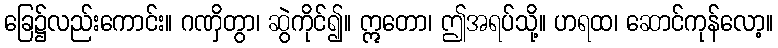
ခြေ၌လည်းကောင်း။ ဂဏှိတွာ၊ ဆွဲကိုင်၍။ ဣတော၊ ဤအရပ်သို့။ ဟရထ၊ ဆောင်ကုန်လော့။